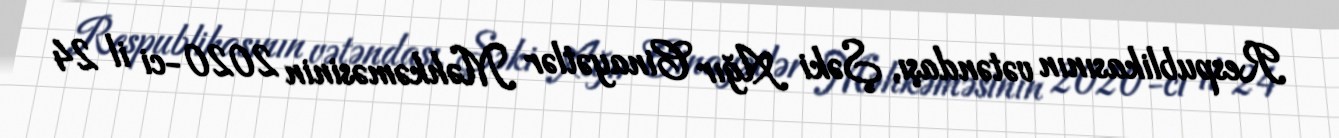
Respublikasının vətəndaşı, Şəki Ağır Cinayətlər Məhkəməsinin 2020-ci il 24